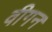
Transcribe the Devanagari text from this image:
वीगन